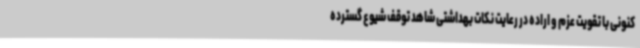
کنونی با تقویت عزم و اراده در رعایت نکات بهداشتی شاهد توقف شیوع گسترده